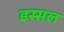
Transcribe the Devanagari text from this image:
इस्सल